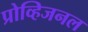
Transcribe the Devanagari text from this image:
प्रोव्हिजनल